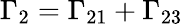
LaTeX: \Gamma_{2}=\Gamma_{21}+\Gamma_{23}